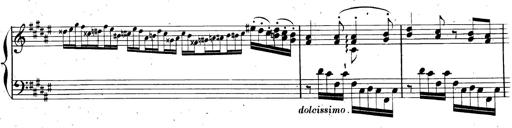
Title: AnnÃ©es de pÃ¨lerinage II, SupplÃ©ment
Composer: Franz Liszt